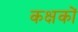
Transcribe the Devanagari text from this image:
कक्षकों